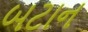
બટાન